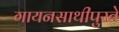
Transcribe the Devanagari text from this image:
गायनसाथीपुरते